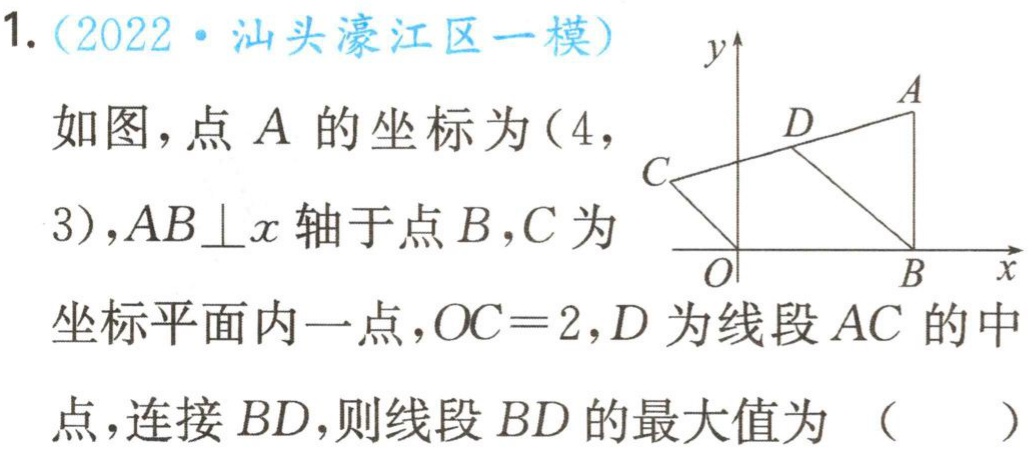
1.（2022·汕头濠江区一模）

如图，点\(A\)的坐标为\((4,3)\)，\(AB\perp x\)轴于点\(B\)，\(C\)为坐标平面内一点，\(OC = 2\)，\(D\)为线段\(AC\)的中点，连接\(BD\)，则线段\(BD\)的最大值为 （  ）